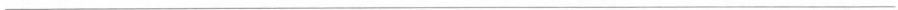
___